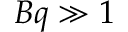
B q \gg 1